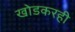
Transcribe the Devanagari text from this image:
खोडकरही